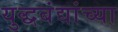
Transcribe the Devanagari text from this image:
युद्धबंद्यांच्या